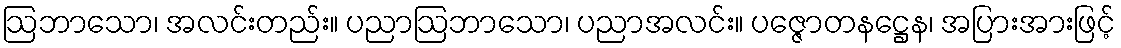
ဩဘာသော၊ အလင်းတည်း။ ပညာဩဘာသော၊ ပညာအလင်း။ ပဇ္ဇောတနဋ္ဌေန၊ အပြားအားဖြင့်